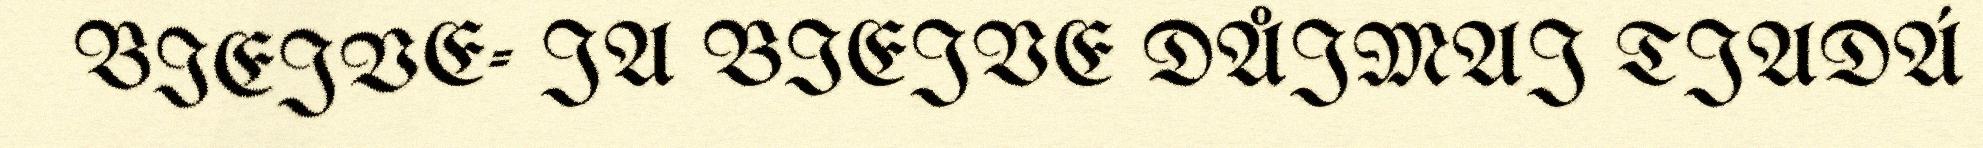
BIEJVE- JA BIEJVE DÅJMAJ TJADÁ